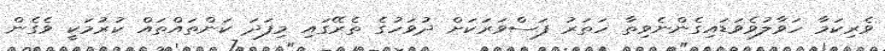
ވެރިކަމާ ހަވާލުވެވަޑައިގެންނެވިތާ ހަތަރު ފަސްވަރަކަށް ދުވަހުގެ ތެރޭގައި މިފަދަ ކަންތައްތައް ކުރުމަކީ ވެގެން